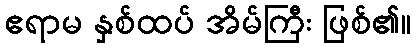
ဧရာမ နှစ်ထပ် အိမ်ကြီး ဖြစ်၏။